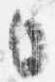
日